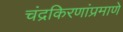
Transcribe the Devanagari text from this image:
चंद्रकिरणांप्रमाणे